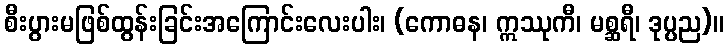
စီးပွားမဖြစ်ထွန်းခြင်းအကြောင်းလေးပါး၊ (ကောဓန၊ ဣဿုကီ၊ မစ္ဆရီ၊ ဒုပ္ပည)။